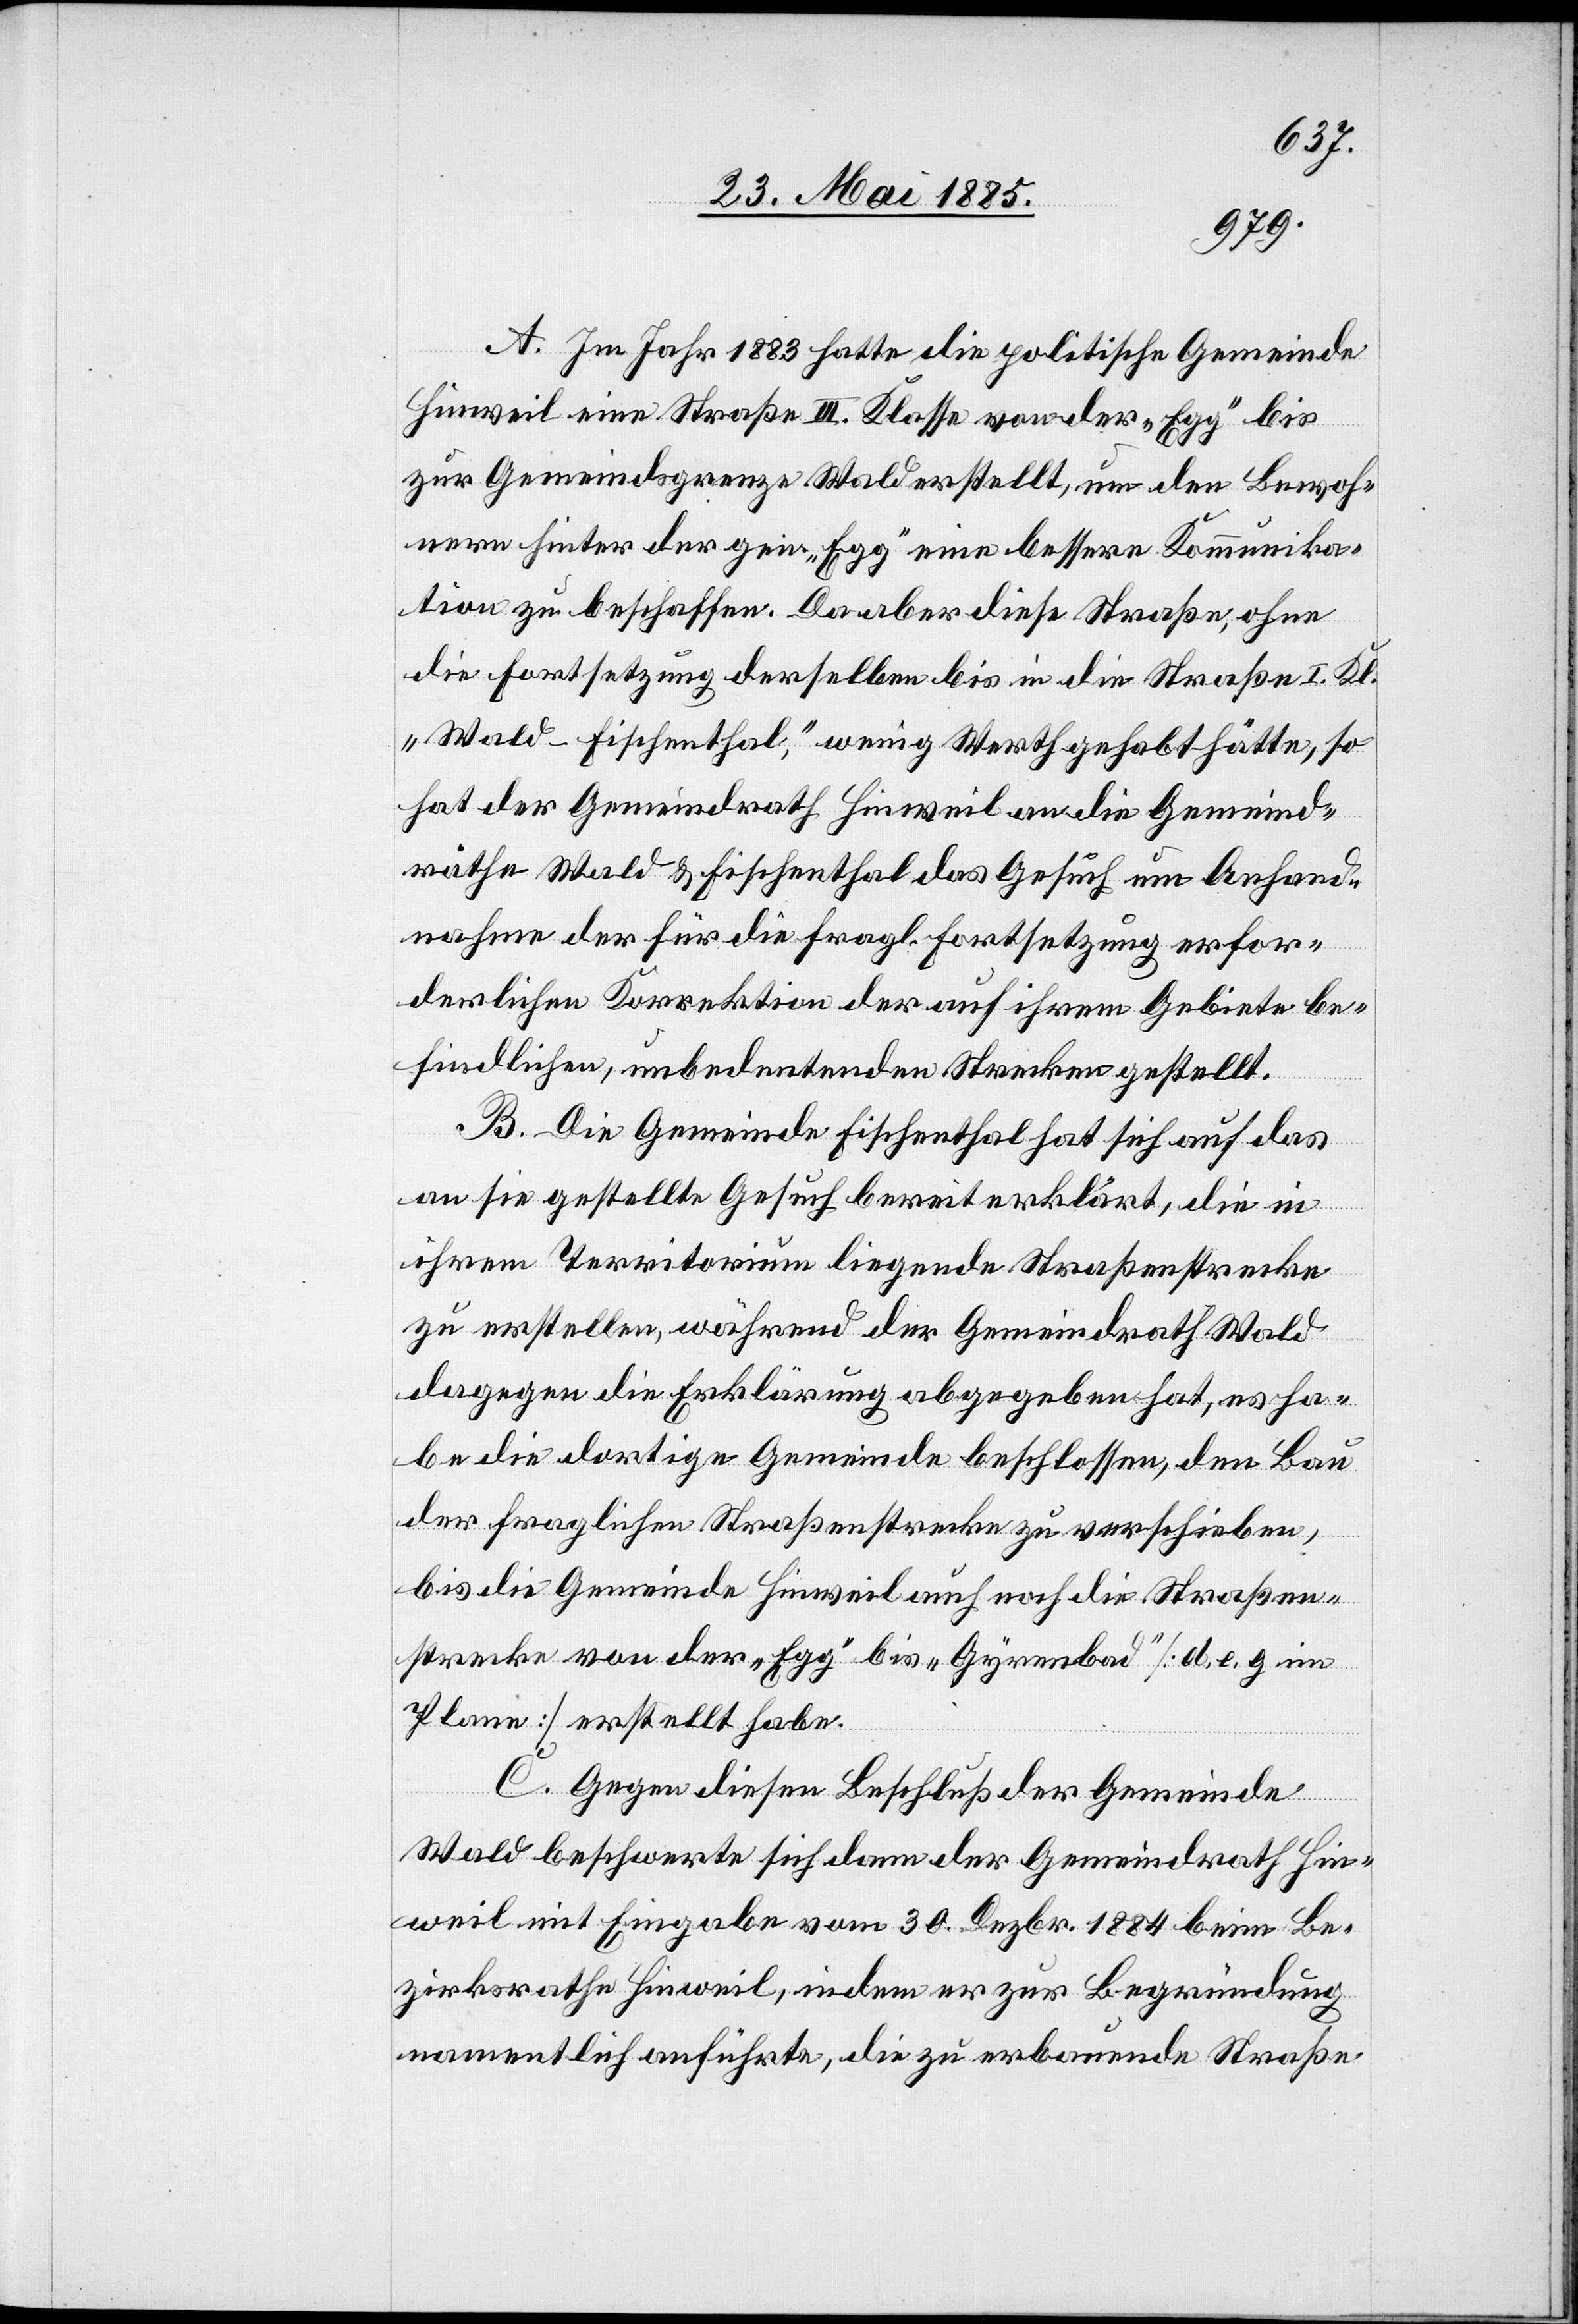
A. Im Jahr 1883 hatte die politische Gemeinde
Hinweil eine Straße III. Klasse von der „Egg“ bis
zu Gemeindsgrenze Wald erstellt, um den Bewoh¬
nern hinter der gen. „Egg“ eine bessere Kommunika¬
tion zu beschaffen. Da aber diese Straße, ohne
die Fortsetzung derselben bis in die Straße I. Kl.
„Wald–Fischenthal“ wenig Werth gehabt hätte, so
hat der Gemeindrath Hinweil an die Gemeind¬
räthe Wald & Fischenthal das Gesuch um Anhand¬
nahme der für die fragl. Fortsetzung erfor¬
derlichen Korrektion der auf ihrem Gebiete be¬
findlichen, unbedeutenden Strecken gestellt.
B. Die Gemeinde Fischenthal hat sich auf das
an sie gestellte Gesuch bereit erklärt, die in
ihrem Territorium liegende Straßenstrecke
zu erstellen, während der Gemeindrath Wald
dagegen die Erklärung abgegeben hat, es ha¬
be die dortige Gemeinde beschlossen, den Bau
der fraglichen Straßenstrecke zu verschieben,
bis die Gemeinde Hinweil auch noch die Straßen¬
strecke von der „Egg“ bis „Gyrenbad“ [d, e, g im
Plane] erstellt habe.
C. Gegen diesen Beschluß der Gemeinde
Wald beschwerte sich dann der Gemeindrath Hin¬
weil mit Eingabe vom 30. Dezbr. 1884 beim Be¬
zirksrathe Hinweil, indem er zur Begründung
namentlich anführte, die zu erbauende Straße